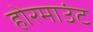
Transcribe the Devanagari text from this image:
होरमाउंट